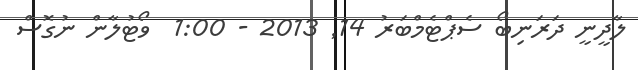
ލާދީނީ ދަރަނިބޯ ސެޕްޓެމްބަރު 14